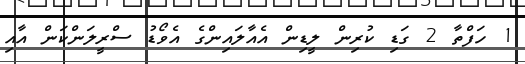
1 ހަފްތާ 2 ގަޑި ކުރިން ލީޑިން އެއާލައިންގެ އެވޯޑު ސްރީލަންކަން އާއި